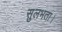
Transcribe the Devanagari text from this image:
सुलभता।